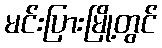
မင်းပြားမြို့တွင်